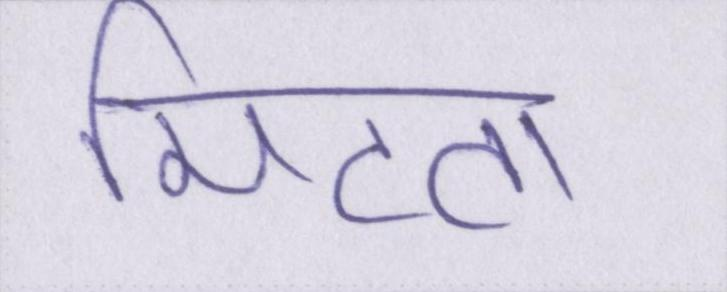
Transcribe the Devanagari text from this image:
मिटता